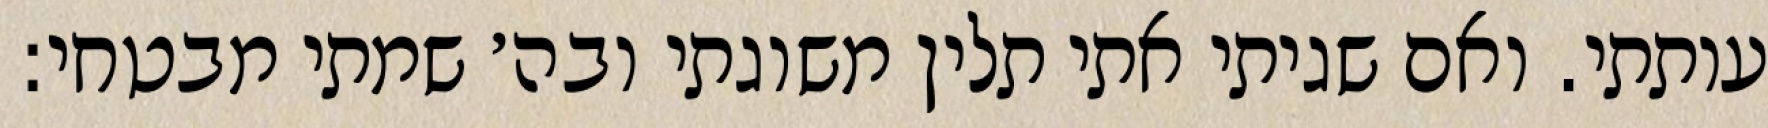
עותתי. ואם שגיתי אתי תלין משוגתי ובה׳ שמתי מבטחי: